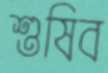
শুষিব